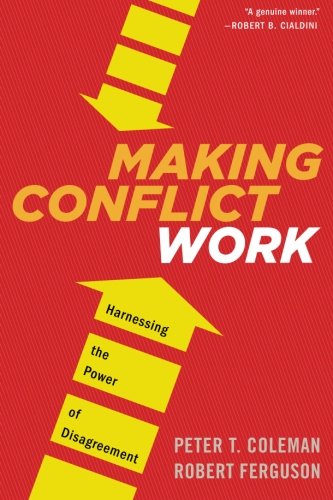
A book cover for Making Conflict Work: Harnessing the Power of Disagreement; Peter T. Coleman; Business & Money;